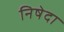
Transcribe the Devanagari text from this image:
निषेदा